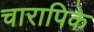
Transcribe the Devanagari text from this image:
चारापिके